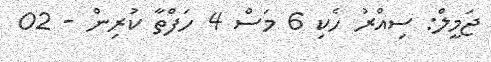
ޖަމީލް: ސިއްރު ހެކި 6 މަސް 4 ހަފްތާ ކުރިން - 02